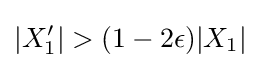
|X_{1}'|>(1-2\epsilon )|X_{1}|